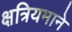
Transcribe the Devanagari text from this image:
क्षत्रियमाने